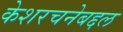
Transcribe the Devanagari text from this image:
केशरचनेबद्दल